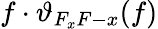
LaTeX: f\cdot\vartheta_{F_{x}F-x}(f)